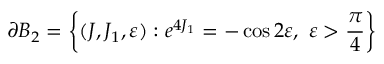
\partial B _ { 2 } = \left\{ ( J , J _ { 1 } , \varepsilon ) : e ^ { 4 J _ { 1 } } = - \cos 2 \varepsilon , \ \varepsilon > \frac { \pi } { 4 } \right\}